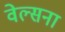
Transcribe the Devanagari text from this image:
वेल्सना